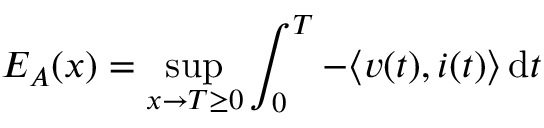
E _ { A } ( x ) = \operatorname* { s u p } _ { x \to T \geq 0 } \int _ { 0 } ^ { T } - \langle v ( t ) , i ( t ) \rangle \, { \mathord { \operatorname { d } } } t